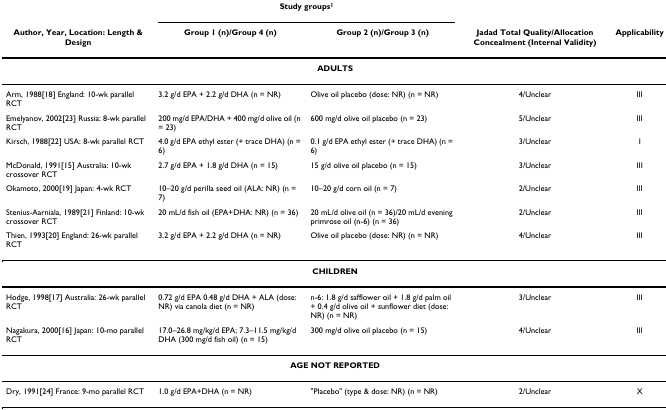
<table><thead><tr><td></td><td colspan="2"><b>Study groups<sup>1</sup></b></td><td></td><td></td></tr><tr><td><b>Author, Year, Location: Length &amp; Design</b></td><td><b>Group 1 (n)/Group 4 (n)</b></td><td><b>Group 2 (n)/Group 3 (n)</b></td><td><b>Jadad Total Quality/Allocation Concealment (Internal Validity)</b></td><td><b>Applicability</b></td></tr></thead><tbody><tr><td colspan="5"><b>ADULTS</b></td></tr><tr><td>Arm, 1988[18] England: 10-wk parallel RCT</td><td>3.2 g/d EPA + 2.2 g/d DHA (n = NR)</td><td>Olive oil placebo (dose: NR) (n = NR)</td><td>4/Unclear</td><td>III</td></tr><tr><td>Emelyanov, 2002[23] Russia: 8-wk parallel RCT</td><td>200 mg/d EPA/DHA + 400 mg/d olive oil (n = 23)</td><td>600 mg/d olive oil placebo (n = 23)</td><td>5/Unclear</td><td>III</td></tr><tr><td>Kirsch, 1988[22] USA: 8-wk parallel RCT</td><td>4.0 g/d EPA ethyl ester (+ trace DHA) (n = 6)</td><td>0.1 g/d EPA ethyl ester (+ trace DHA) (n = 6)</td><td>3/Unclear</td><td>I</td></tr><tr><td>McDonald, 1991[15] Australia: 10-wk crossover RCT</td><td>2.7 g/d EPA + 1.8 g/d DHA (n = 15)</td><td>15 g/d olive oil placebo (n = 15)</td><td>3/Unclear</td><td>III</td></tr><tr><td>Okamoto, 2000[19] Japan: 4-wk RCT</td><td>10–20 g/d perilla seed oil (ALA: NR) (n = 7)</td><td>10–20 g/d corn oil (n = 7)</td><td>2/Unclear</td><td>III</td></tr><tr><td>Stenius-Aarniala, 1989[21] Finland: 10-wk crossover RCT</td><td>20 mL/d fish oil (EPA+DHA: NR) (n = 36)</td><td>20 mL/d olive oil (n = 36)/20 mL/d evening primrose oil (n-6) (n = 36)</td><td>2/Unclear</td><td>III</td></tr><tr><td>Thien, 1993[20] England: 26-wk parallel RCT</td><td>3.2 g/d EPA + 2.2 g/d DHA (n = NR)</td><td>Olive oil placebo (dose: NR) (n = NR)</td><td>4/Unclear</td><td>III</td></tr><tr><td colspan="5"><b>CHILDREN</b></td></tr><tr><td>Hodge, 1998[17] Australia: 26-wk parallel RCT</td><td>0.72 g/d EPA 0.48 g/d DHA + ALA (dose: NR) via canola diet (n = NR)</td><td>n-6: 1.8 g/d safflower oil + 1.8 g/d palm oil + 0.4 g/d olive oil + sunflower diet (dose: NR) (n = NR)</td><td>3/Unclear</td><td>III</td></tr><tr><td>Nagakura, 2000[16] Japan: 10-mo parallel RCT</td><td>17.0–26.8 mg/kg/d EPA; 7.3–11.5 mg/kg/d DHA (300 mg/d fish oil) (n = 15)</td><td>300 mg/d olive oil placebo (n = 15)</td><td>4/Unclear</td><td>III</td></tr><tr><td colspan="5"><b>AGE NOT REPORTED</b></td></tr><tr><td>Dry, 1991[24] France: 9-mo parallel RCT</td><td>1.0 g/d EPA+DHA (n = NR)</td><td>&quot;Placebo&quot; (type &amp; dose: NR) (n = NR)</td><td>2/Unclear</td><td>X</td></tr></tbody></table>